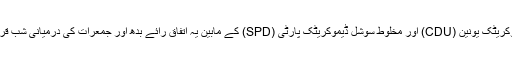
چانسلر انگيلا ميرکل کی سياسی پارٹی کرسچن ڈيموکريٹک يونين (CDU) اور مخلوط سوشل ڈيموکريٹک پارٹی (SPD) کے مابين يہ اتفاق رائے بدھ اور جمعرات کی درميانی شب قريب سات گھنٹے طويل بحث و مباحثے کے بعد ہوا۔